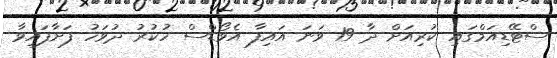
ސްޓޭޑިއަމްގައި ކުރިއަށް ދާ 19 ވަނަ އައިފާ އެވޯޑްސް ހުކުރު ދުވަހު ފަށާފައިވާ